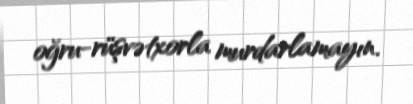
oğru-rüşvətxorla murdarlamayın.